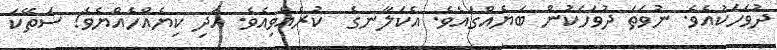
ދުވަހަކުއެވެ. ނުވަތަ ދުވަހަކުން ބަޔެއްގައެވެ. އެކަލާނގެ  ކުރެއްވިއެވެ. އަދި ކިޔެއްހެއްޔެވެ! ސަތޭކަ